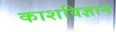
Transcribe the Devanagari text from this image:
काशविज्ञान